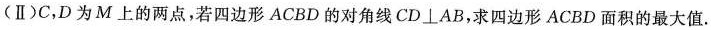
(Ⅱ)C，D为M上的两点，若四边形ACBD的对角线$$CD \perp AB$$，求四边形ACBD面积的最大值.